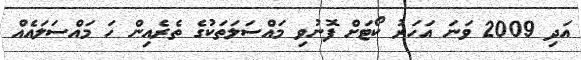
އަދި 2009 ވަނަ އަހަރު ކޯޓަށް ފޮނުވި މައްސަލަތަކުގެ ތެރެއިން ހަ މައްސަލައެއް